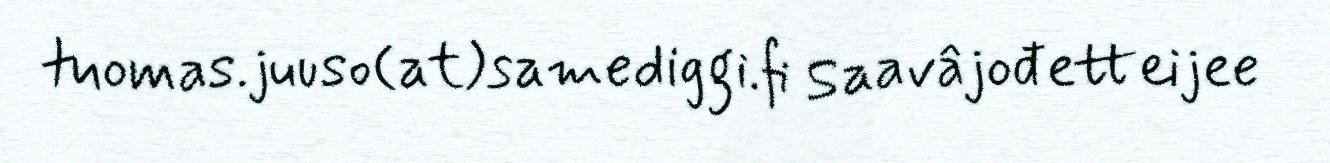
tuomas.juuso(at)samediggi.fi Saavâjođetteijee